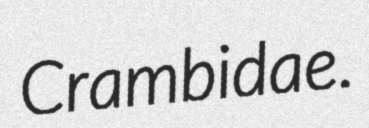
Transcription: Crambidae.